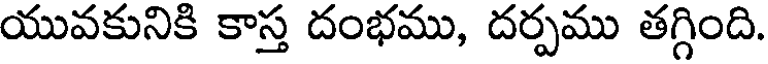
యువకునికి కాస్త దంభము, దర్పము తగ్గింది.